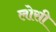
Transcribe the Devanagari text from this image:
लोसी